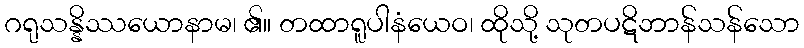
ဂရုသန္နိဿယောနာမ၊ ၏။ တထာရူပါနံယေဝ၊ ထိုသို့ သုတပဋိဘာန်သန်သော